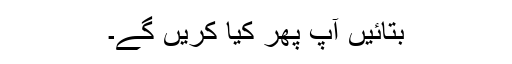
بتائیں آپ پھر کیا کریں گے۔